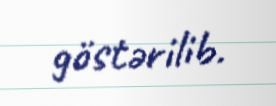
göstərilib.